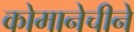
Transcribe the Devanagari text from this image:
कोमानेचीने